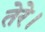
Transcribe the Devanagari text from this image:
तेरे।